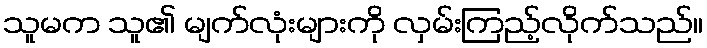
သူမက သူ၏ မျက်လုံးများကို လှမ်းကြည့်လိုက်သည်။